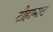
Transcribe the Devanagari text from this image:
टीहामाट